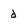
Character: d